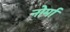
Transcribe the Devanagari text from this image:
नोर्मा